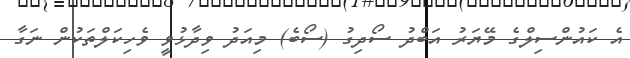
އެ ކައުންސިލްގެ މޭޔަރު އަބްދު ސޯދިގު (ސޯބެ) މިއަދު ވިދާޅުވީ ވެހިކަލްތަކުން ނަގާ